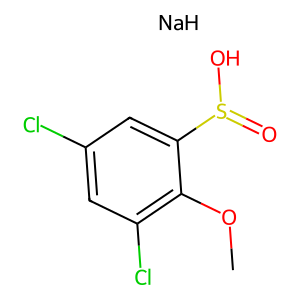
SMILES: COc1c(Cl)cc(Cl)cc1S(=O)O.[NaH]
Inhibits HIV replication: No